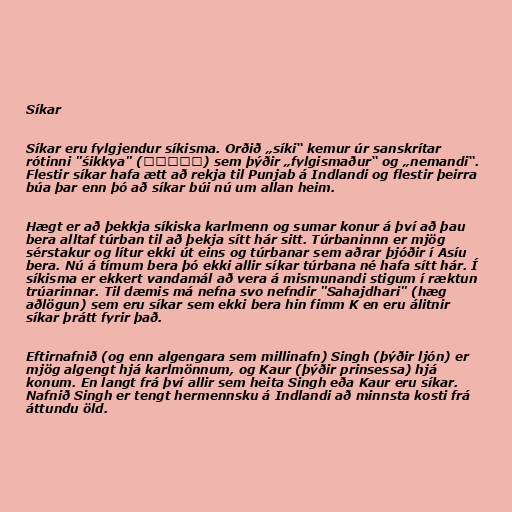
Síkar

Síkar eru fylgjendur síkisma. Orðið „síki“ kemur úr sanskrítar
rótinni "śikkya" (शिष्य) sem þýðir „fylgismaður“ og „nemandi“.
Flestir síkar hafa ætt að rekja til Punjab á Indlandi og flestir þeirra
búa þar enn þó að síkar búi nú um allan heim.

Hægt er að þekkja síkiska karlmenn og sumar konur á því að þau
bera alltaf túrban til að þekja sítt hár sitt. Túrbaninnn er mjög
sérstakur og lítur ekki út eins og túrbanar sem aðrar þjóðir í Asíu
bera. Nú á tímum bera þó ekki allir síkar túrbana né hafa sítt hár. Í
síkisma er ekkert vandamál að vera á mismunandi stigum í ræktun
trúarinnar. Til dæmis má nefna svo nefndir "Sahajdhari" (hæg
aðlögun) sem eru síkar sem ekki bera hin fimm K en eru álitnir
síkar þrátt fyrir það.

Eftirnafnið (og enn algengara sem millinafn) Singh (þýðir ljón) er
mjög algengt hjá karlmönnum, og Kaur (þýðir prinsessa) hjá
konum. En langt frá því allir sem heita Singh eða Kaur eru síkar.
Nafnið Singh er tengt hermennsku á Indlandi að minnsta kosti frá
áttundu öld.